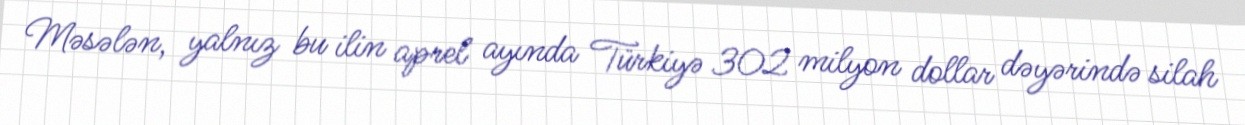
Məsələn, yalnız bu ilin aprel ayında Türkiyə 302 milyon dollar dəyərində silah